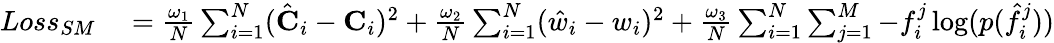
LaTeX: \begin{array}{rl}{Loss_{SM}}&{{}=\frac{\omega_{1}}{N}\sum_{i=1}^{N}(\hat{\textbf{C}}_{i}-\textbf{C}_{i})^{2}+\frac{\omega_{2}}{N}\sum_{i=1}^{N}(\hat{w}_{i}-w_{i})^{2}+\frac{\omega_{3}}{N}\sum_{i=1}^{N}\sum_{j=1}^{M}-f_{i}^{j}\log(p(\hat{f}_{i}^{j}))}\end{array}